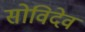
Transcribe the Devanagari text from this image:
सोविदेव